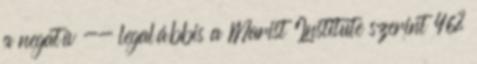
a negatív -- legalábbis a Marist Institute szerint 46%